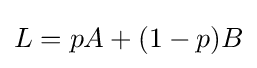
L=pA+(1-p)B